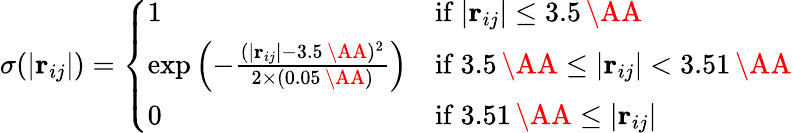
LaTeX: \sigma(|\textbf{r}_{ij}|)=\left\{ \begin{array}{ll}{1}&{\mathrm{if~}|\textbf{r}_{ij}|\leq 3.5\, \mathrm{\AA}}\\ {\exp\left(-\frac{(|\textbf{r}_{ij}|-3.5\, \mathrm{\AA})^{2}}{2\times(0.05\, \mathrm{\AA})}\right)}&{\mathrm{if~}3.5\, \mathrm{\AA}\leq|\textbf{r}_{ij}|<3.51\, \mathrm{\AA}}\\ {0}&{\mathrm{if~}3.51\, \mathrm{\AA}\leq|\textbf{r}_{ij}|}\end{array}\right.